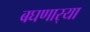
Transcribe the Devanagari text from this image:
बघणार्‍या